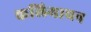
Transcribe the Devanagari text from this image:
कलियाचन